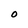
Character: O